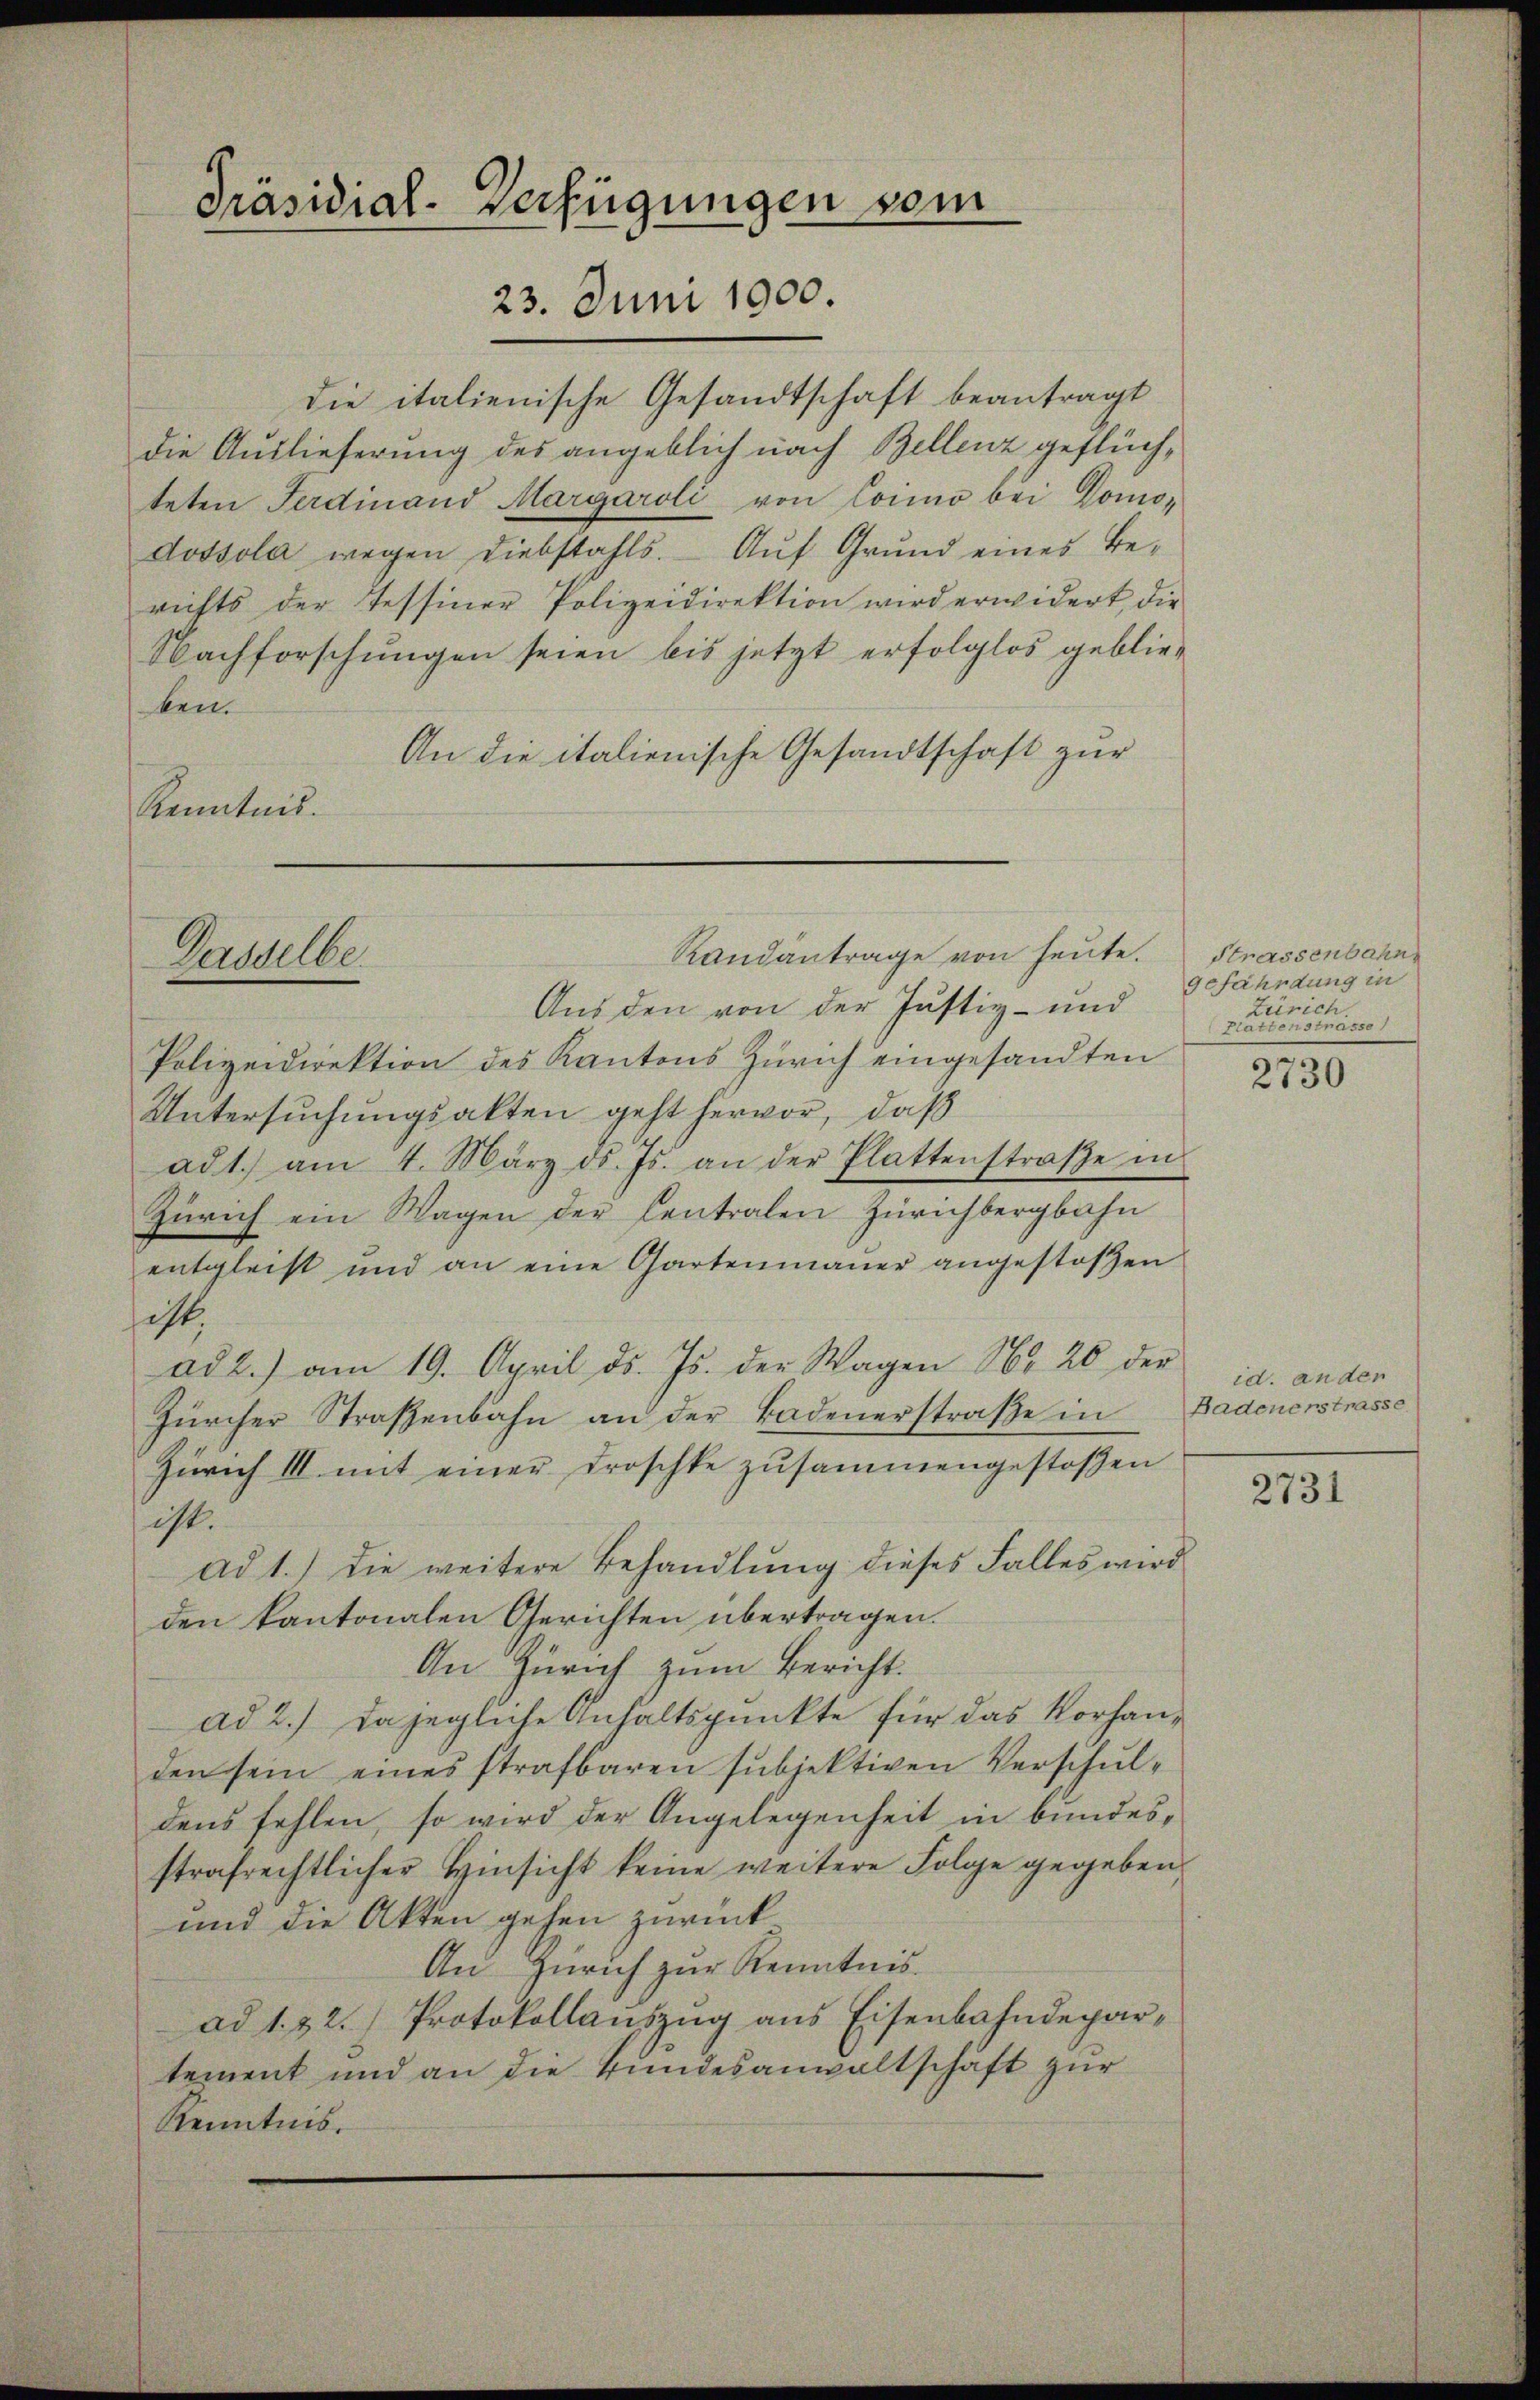
Präsidial-Verfügungen vom
23. Juni 1900.

die italienische Gesandtschaft beantragt
die Auslieferung des angeblich nach Bellenz geflüchteten Ferdinand Margaroli von Como bei Domo-
dossola wegen Diebstahls. Auf Grund eines Be-
richts der Tessiner Polizeidirektion wird erwidert die
Nachforschungen seien bis jetzt erfolglos geblieben.
An die italienische Gesandtschaft zur
Kenntnis.

Aus den von der Justiz- und
Polizeidirektion des Kantons Zürich eingesandten
Untersuchungsakten geht hervor, daß
ad1.) am 4. März d. Js. an der Plattenstraβe in
Zürich ein Wagen der Centralen Zürichbergbahn
entgleist und an eine Gartenmaŭer angestoßen
scht,
ad 2.) am 19. April ds. Js. der Wagen No 20 der
Zürcher Straßenbahn an der Badenerstraße in
Zürich III mit einer Droschke zusammengestoßen
ist.
ad 1.) die weitere Behandlŭng dieses Falles wird
den kantonalen Gerichten übertragen.
An Zürich zum Bericht.
ad 2.) Da jegliche Anhaltspunkte für das Vorhanden sein eines strafbaren subjektiven Verschuldens fehlen, so wird der Angelegenheit in bundesstrafrechtlicher Hinsicht keine weitere Folge gegeben
und die Akten gehen zurück
An Zürich zur Kenntnis.
ad 1. 22. Protokollauszug aus Eisenbahndepartement und an die Bundesanwaltschäft zur
Kenntnis.

Randantrage von heute.
Dasselbe.

Strassenbahn
gefährdung in
Zürich.
Blatte er sie maiso

2730

id. ander
Badenerstrasse

2731